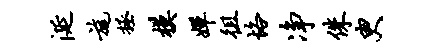
涎旄拯模婵徂恪净侏臾